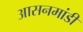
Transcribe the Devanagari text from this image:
आसनमांडी